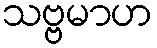
သဗ္ဗမာဟ